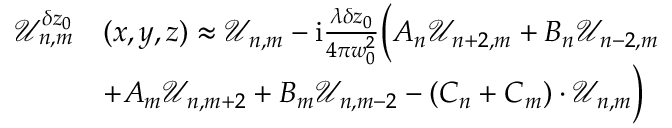
\begin{array} { r l } { \mathcal { U } _ { n , m } ^ { \delta z _ { 0 } } } & { ( x , y , z ) \approx \mathcal { U } _ { n , m } - \mathrm { i } \frac { \lambda \delta z _ { 0 } } { 4 \pi w _ { 0 } ^ { 2 } } \Big ( A _ { n } \mathcal { U } _ { n + 2 , m } + B _ { n } \mathcal { U } _ { n - 2 , m } } \\ & { + A _ { m } \mathcal { U } _ { n , m + 2 } + B _ { m } \mathcal { U } _ { n , m - 2 } - ( C _ { n } + C _ { m } ) \cdot \mathcal { U } _ { n , m } \Big ) } \end{array}